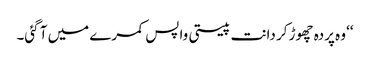
‘‘ وہ پردہ چھوڑ کر دانت پیستی واپس کمرے میں آ گئی۔